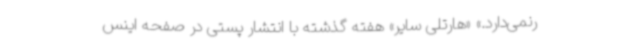
رنمی‌دارد.» «هارتلی سایر»‌ هفته گذشته با انتشار پستی در صفحه اینس